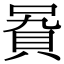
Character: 𧵞